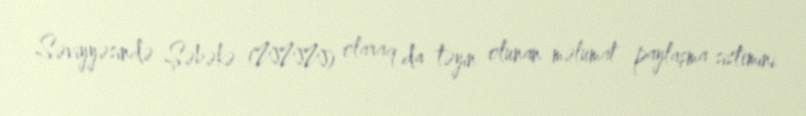
Səviyyəsində Şəbəkə (WWW) olaraq da təyin olunan məlumat paylaşma sistemini